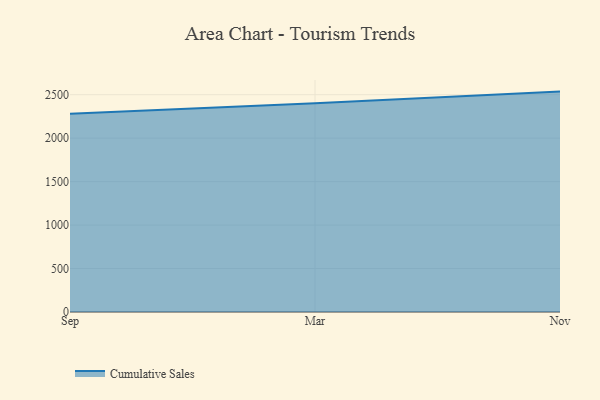
{"axis": {"x": "Month", "y": "Energy Usage (MWh)"}, "legend": ["Cumulative Sales"], "data": [{"x": "Sep", "y": 2280.1, "type": "Cumulative Sales"}, {"x": "Mar", "y": 2400.6, "type": "Cumulative Sales"}, {"x": "Nov", "y": 2535.4, "type": "Cumulative Sales"}]}